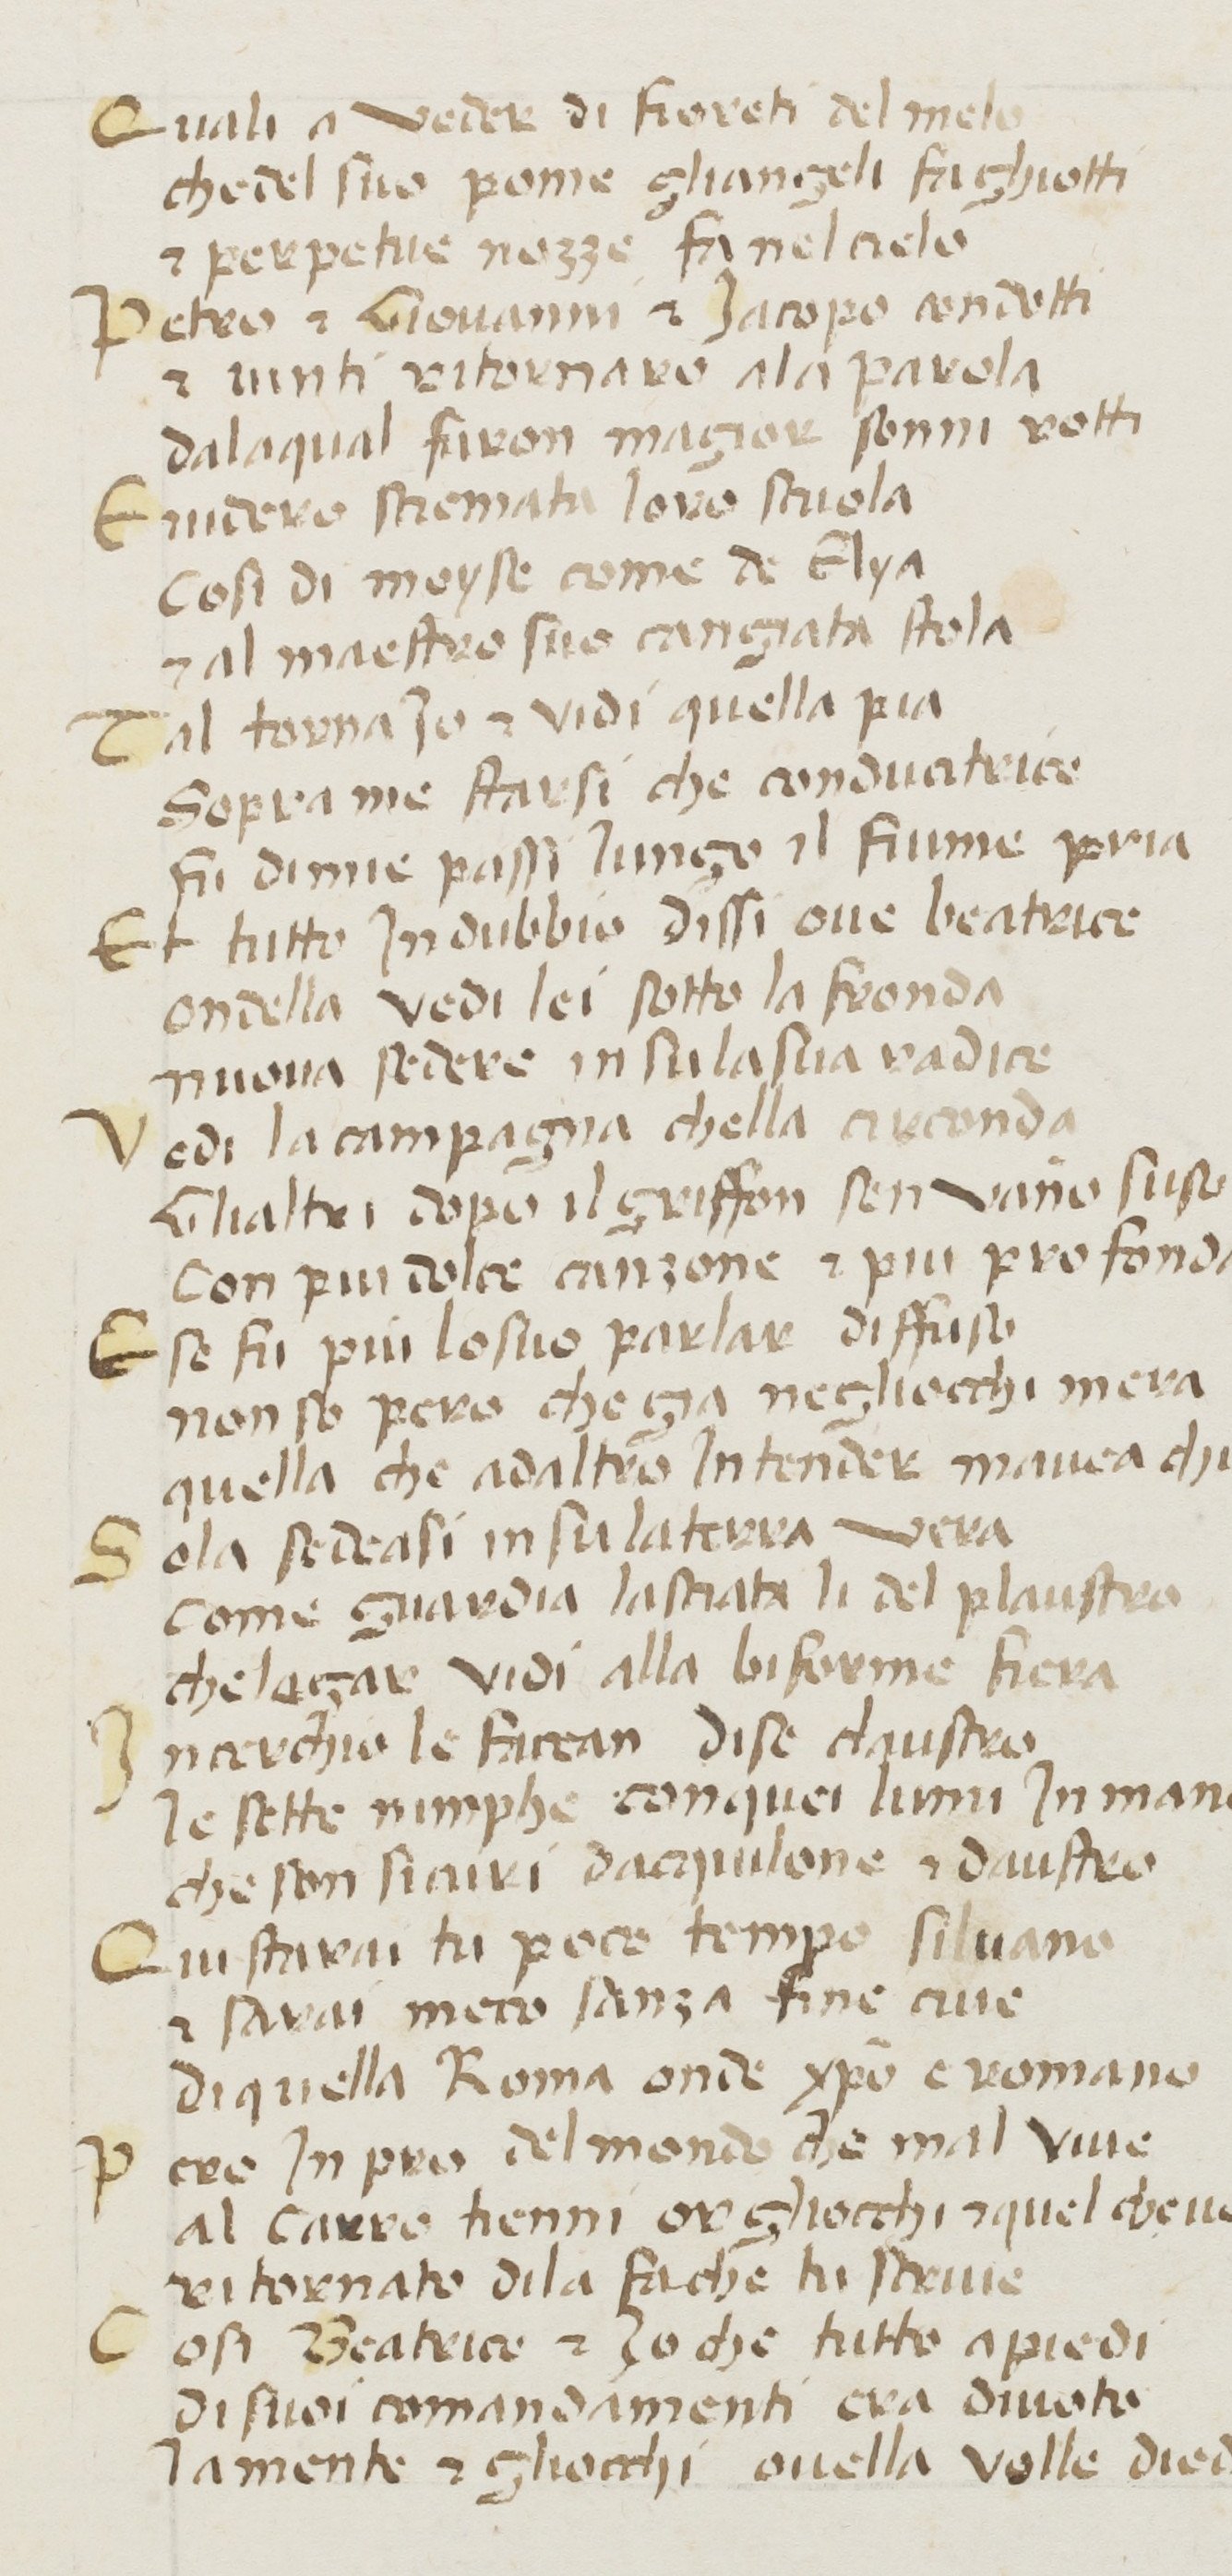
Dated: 1380–1399